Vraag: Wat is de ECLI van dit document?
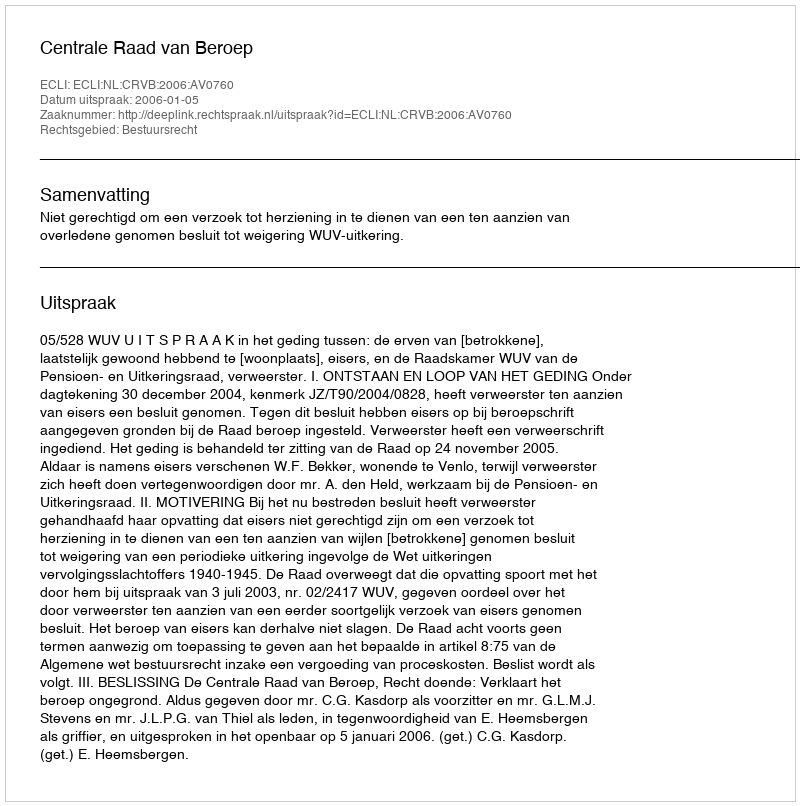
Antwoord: ECLI:NL:CRVB:2006:AV0760